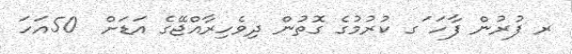
ރ ފުރުން ފާހަ ަގ ކުރުމުގެ ގޮތުން ދިވެހިރާއްޖޭގެ އަޑަށް  50އަހަ